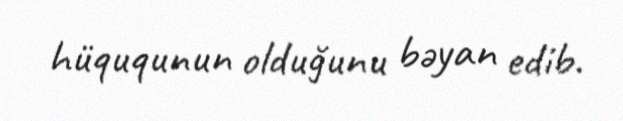
hüququnun olduğunu bəyan edib.